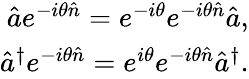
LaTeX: \begin{array}{r}{\hat{a}e^{-i\theta\hat{n}}=e^{-i\theta}e^{-i\theta\hat{n}}\hat{a},}\\ {\hat{a}^{\dagger}e^{-i\theta\hat{n}}=e^{i\theta}e^{-i\theta\hat{n}}\hat{a}^{\dagger}.}\end{array}